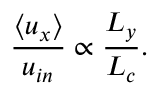
\frac { \langle u _ { x } \rangle } { u _ { i n } } \propto \frac { L _ { y } } { L _ { c } } .